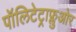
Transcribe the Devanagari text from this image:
पॉलिटेट्राफ्लुओर